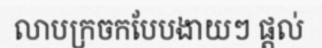
លាបក្រចកបែបងាយៗ ផ្តល់